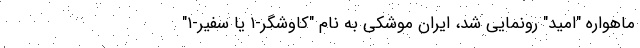
ماهواره "امید" رونمایی شد، ایران موشکی به نام "کاوشگر-۱ یا سفیر-۱"